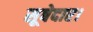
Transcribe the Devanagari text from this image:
सूबेदार।